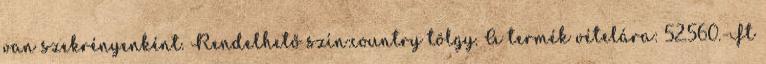
van szekrényenként. Rendelhető szín:country tölgy. A termék vételára: 52.560.-Ft